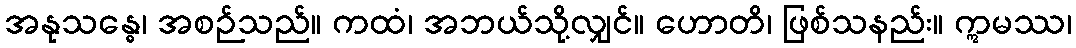
အနုသန္ဓေ၊ အစဉ်သည်။ ကထံ၊ အဘယ်သို့လျှင်။ ဟောတိ၊ ဖြစ်သနည်း။ ဣမဿ၊